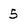
Character: 5